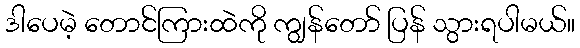
ဒါပေမဲ့ တောင်ကြားထဲကို ကျွန်တော် ပြန် သွားရပါမယ်။